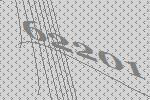
62201